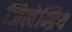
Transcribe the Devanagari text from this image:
जित्वेन्द्रिय